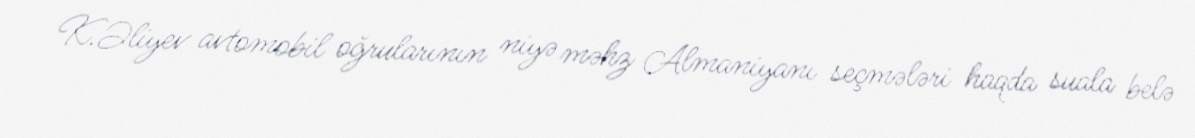
K.Əliyev avtomobil oğrularının niyə məhz Almaniyanı seçmələri haqda suala belə